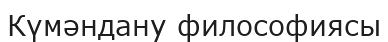
Күмәндану философиясы